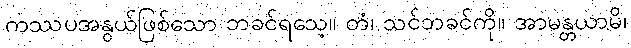
ကဿပအနွယ်ဖြစ်သော ဘခင်ရသေ့။ တံ၊ သင်ဘခင်ကို။ အာမန္တယာမိ၊